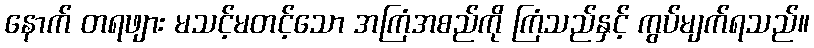
နောက် တရဖျား မသင့်မတင့်သော အကြံအစည်ကို ကြံသည်နှင့် ကွပ်မျက်ရသည်။